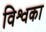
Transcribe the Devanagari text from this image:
विश्वका